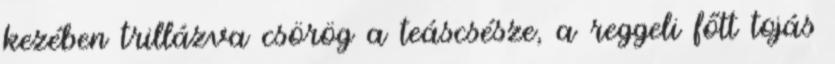
kezében trillázva csörög a teáscsésze, a reggeli főtt tojás